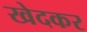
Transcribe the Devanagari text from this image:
खेदकर